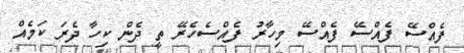
ފެއްސޭ ފެއްސޭ ފެއްސޭ މިހާރު ފެއްސެހެރޭ ތީ ދެން ކިހާ ދެރަ ކަމެއް